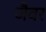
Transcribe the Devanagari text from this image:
जैवर